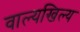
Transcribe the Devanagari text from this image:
वाल्यखिल्य